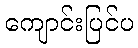
ကျောင်းပြင်ပ